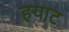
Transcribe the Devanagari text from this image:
हयाट